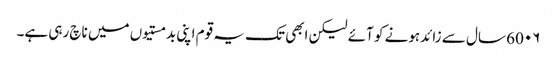
60۰۶ سال سے زائدہونے کو آئے لیکن ابھی تک یہ قوم اپنی بدمستیوں میں ناچ رہی ہے۔